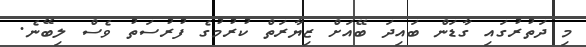
މި ދަތުރުގައި ގާޑަން ބައިދަ ބޭއަށް ޒިޔާރަތް ކުރުމުގެ ފުރުސަތު ވެސް ލިބޭނެ.